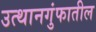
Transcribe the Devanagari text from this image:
उत्थानगुंफातील